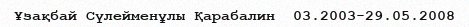
Ұзақбай Сүлейменұлы Қарабалин  03.2003-29.05.2008